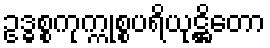
ဥဒ္ဓစ္စကုက္ကုစ္စပရိယုဋ္ဌိတော